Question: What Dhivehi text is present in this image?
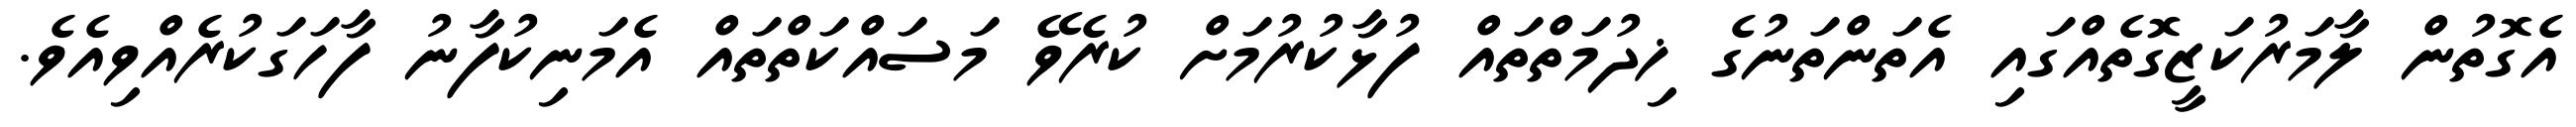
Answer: އެގޮތުން ލާމަރުކަޒީގޮތެއްގައި އެތަންތަނުގެ ޚިދުމަތްތައް ފުޅާކުރުމަށް ކުރެވޭ މަސައްކަތްތައް އެމަނިކުފާނު ފާހަގަކުރެއްވިއެވެ.